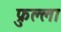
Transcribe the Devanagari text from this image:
फ्रुल्ला